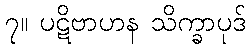
၇။ ပဋိဗာဟန သိက္ခာပုဒ်